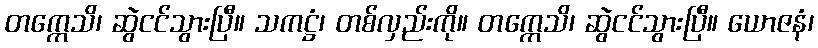
တက္ကေသိ၊ ဆွဲငင်သွားပြီ။ သကဋ္ဌံ၊ တစ်လှည်းကို။ တက္ကေသိ၊ ဆွဲငင်သွားပြီ။ ယောဇနံ၊